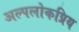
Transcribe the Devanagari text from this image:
अल्पलोकप्रिय